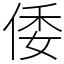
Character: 倭